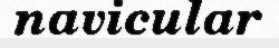
navicular